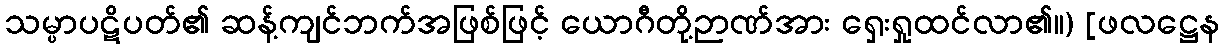
သမ္ပာပဋိပတ်၏ ဆန့်ကျင်ဘက်အဖြစ်ဖြင့် ယောဂီတို့ဉာဏ်အား ရှေးရှုထင်လာ၏။) [ဖလဋ္ဌေန